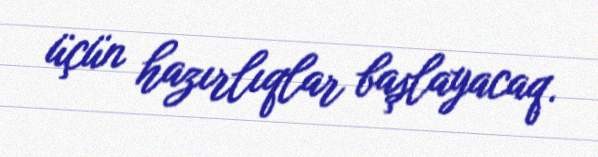
üçün hazırlıqlar başlayacaq.